Vaccination in the Punjab 1883-1896 - 1883-1896
Year: 1883
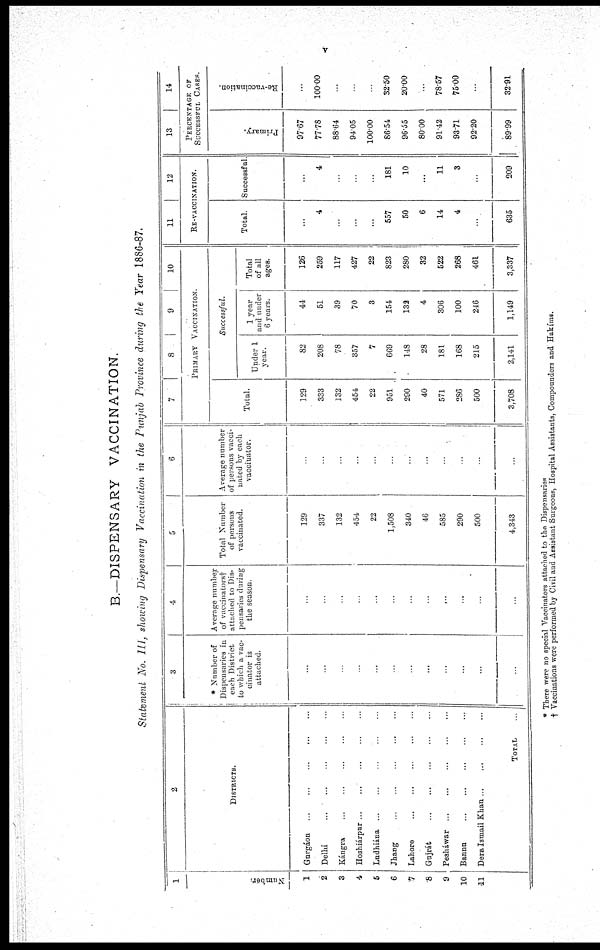
B.—DISPENSARY VACCINATION.
Statement No. III, showing Dispensary Vaccination in the Punjab Province during the Year 1886-87.
1
Number.
1
2
3
4
5
6
7
8
9
10
11
2
DISTRICTS.
Gurgáon ... ... ... ... ...
Delhi
...
...
...
...
...
Kángra ... ... ... ... ...
Hoshiárpur
...
...
...
...
...
Ludhiána ... ... ... ... ...
Jhang
...
...
...
...
...
Lahore ... ... ... ... ...
Gujrát
...
...
...
...
...
Pesháwar ... ... ... ... ...
Banna
...
...
...
...
...
Dera Ismail Khan ... ...
TOTAL ...
3
* Number of
Dispensaries in
each District
to which a vac¬
cinator is
attached.
...
...
...
...
...
...
...
...
...
...
...
...
4
Average number
of vaccinators†
attached to Dis-
pensaries during
the season.
...
...
...
...
...
...
...
...
...
...
...
...
5
Total Number
of persons
vaccinated.
129
337
132
454
22
1,508
340
46
585
290
500
4,343
6
Average number
of persons vacci-
nated by each
vaccinator.
...
...
...
...
...
...
...
...
...
...
...
...
7
8 9
10
PRIMARY VACCINATION.
Total.
129
333
132
454
22
951
290
40
571
286
500
3,708
Successful.
Under 1
year.
82
208
78
357
7
669
148
28
181
168
215
2,141
1 year
and under
6 years.
44
51
39
70
3
154
132
4
306
100
246
1,149
Total
of all
ages.
126
259
117
427
22
823
280
32
522
268
461
3,337
11 12
RE-VACCINATION.
Total.
...
4
...
...
...
557
50
6
14
4
...
635
Successful.
...
4
...
...
...
181
10
...
11
3
...
209
13
14
PERCENTAGE OF
SUCCESSFUL CASES.
Primary.
97.67
77.78
88.64
94.05
100.00
86.54
96.55
80.00
91.42
93.71
92.20
89.99
Re-vaccination.
...
100.00
...
...
...
32.50
20.00
...
78.57
75.00
...
32.91
* There were no special Vaccinators attached to the Dispensaries
† Vaccinations were performed by Civil and Assistant Surgeons, Hospital Assistants, Compounders and Hakíms.